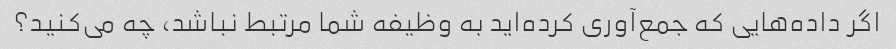
اگر داده‌هایی که جمع‌آوری کرده‌اید به وظیفه شما مرتبط نباشد، چه می‌کنید؟